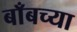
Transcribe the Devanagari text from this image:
बाँबच्या